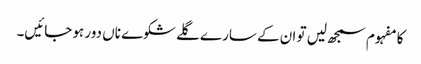
کا مفہوم سمجھ لیں تو ان کے سارے گلے شکوے ناں دور ہو جائیں۔